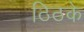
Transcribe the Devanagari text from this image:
ठिठके